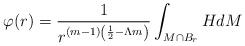
\begin{align*}\varphi(r)=\frac{1}{r^{(m-1)\left(\frac{1}{2}-\Lambda m\right)}}\int_{M\cap B_r} H dM\end{align*}